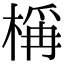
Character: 𬃣